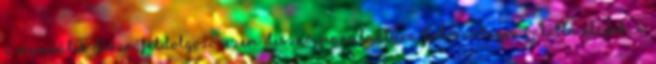
a manuális disznófeldolgozó üzem disznó-manufaktúra futószalagon ontotta eléjük, a